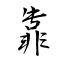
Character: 靠